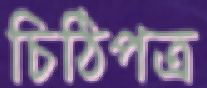
চিঠিপত্র